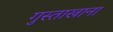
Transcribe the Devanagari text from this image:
गुस्ताखाना